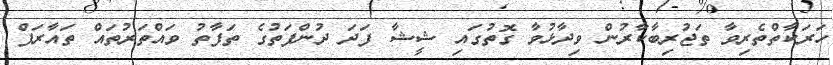
ހަރަކާތްތެރިވާ ތަޖުރިބާކާރުން ވިދާޅުވާ ގޮތުގައި ޝީޝާ ފަދަ ދުންފަތުގެ ތަފާތު ވައްތަރުތައް ތައާރަފް